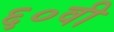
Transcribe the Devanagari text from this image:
६०वी